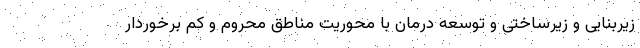
زیربنایی و زیرساختی و توسعه درمان با محوریت مناطق محروم و کم برخوردار